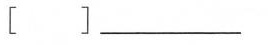
[ ] ___